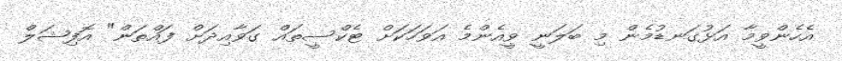
އެހެންވީމާ އަޅުގަނޑުމެން މި ބަލަނީ ވީއެންމެ އަވަހަކަށް ޓެކްސީތައް ގަވާއިދަށް ފައްތަން" އޮފިޝަލް